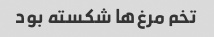
تخم مرغ‌ها شکسته بود